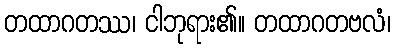
တထာဂတဿ၊ ငါဘုရား၏။ တထာဂတဗလံ၊